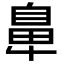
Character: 𮮴